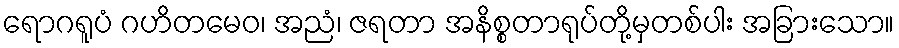
ရောဂရူပံ ဂဟိတမေဝ၊ အညံ၊ ဇရတာ အနိစ္စတာရုပ်တို့မှတစ်ပါး အခြားသော။